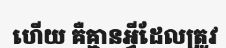
ហើយ គឺគ្មានអ្វីដែលត្រូវ